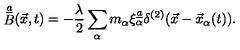
\mathop { B } ^ { \underline { { a } } } ( \vec { x } , t ) = - { \frac { \lambda } { 2 } } \sum _ { \alpha } m _ { \alpha } \xi _ { \alpha } ^ { \underline { { a } } } \delta ^ { ( 2 ) } ( \vec { x } - \vec { x } _ { \alpha } ( t ) ) .